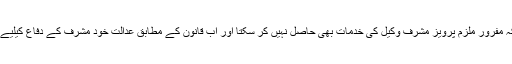
عدالت نے فیصلہ کیا کہ مفرور ملزم پرویز مشرف وکیل کی خدمات بھی حاصل نہیں کر سکتا اور اب قانون کے مطابق عدالت خود مشرف کے دفاع کیلیے وکیل مقرر کرے گی۔